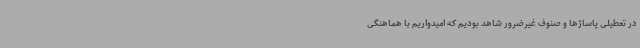
در تعطیلی پاساژها و صنوف غیرضرور شاهد بودیم که امیدواریم با هماهنگی